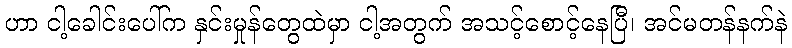
ဟာ ငါ့ခေါင်းပေါ်က နှင်းမှုန်တွေထဲမှာ ငါ့အတွက် အသင့်စောင့်နေပြီ၊ အင်မတန်နက်နဲ